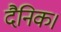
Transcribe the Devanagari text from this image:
दैनिक।